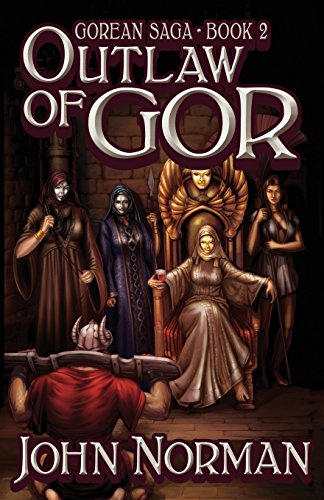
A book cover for Outlaw of Gor (Gorean Saga); John Norman; Romance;